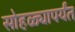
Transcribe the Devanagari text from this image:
सोहळ्यापर्यंत